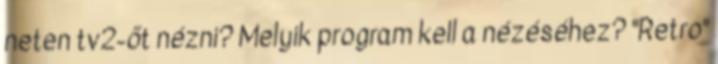
neten tv2-őt nézni? Melyik program kell a nézéséhez? "Retro"